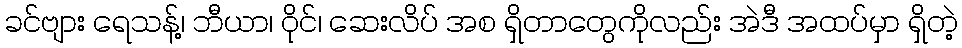
ခင်ဗျား ရေသန့်၊ ဘီယာ၊ ဝိုင်၊ ဆေးလိပ် အစ ရှိတာတွေကိုလည်း အဲဒီ အထပ်မှာ ရှိတဲ့